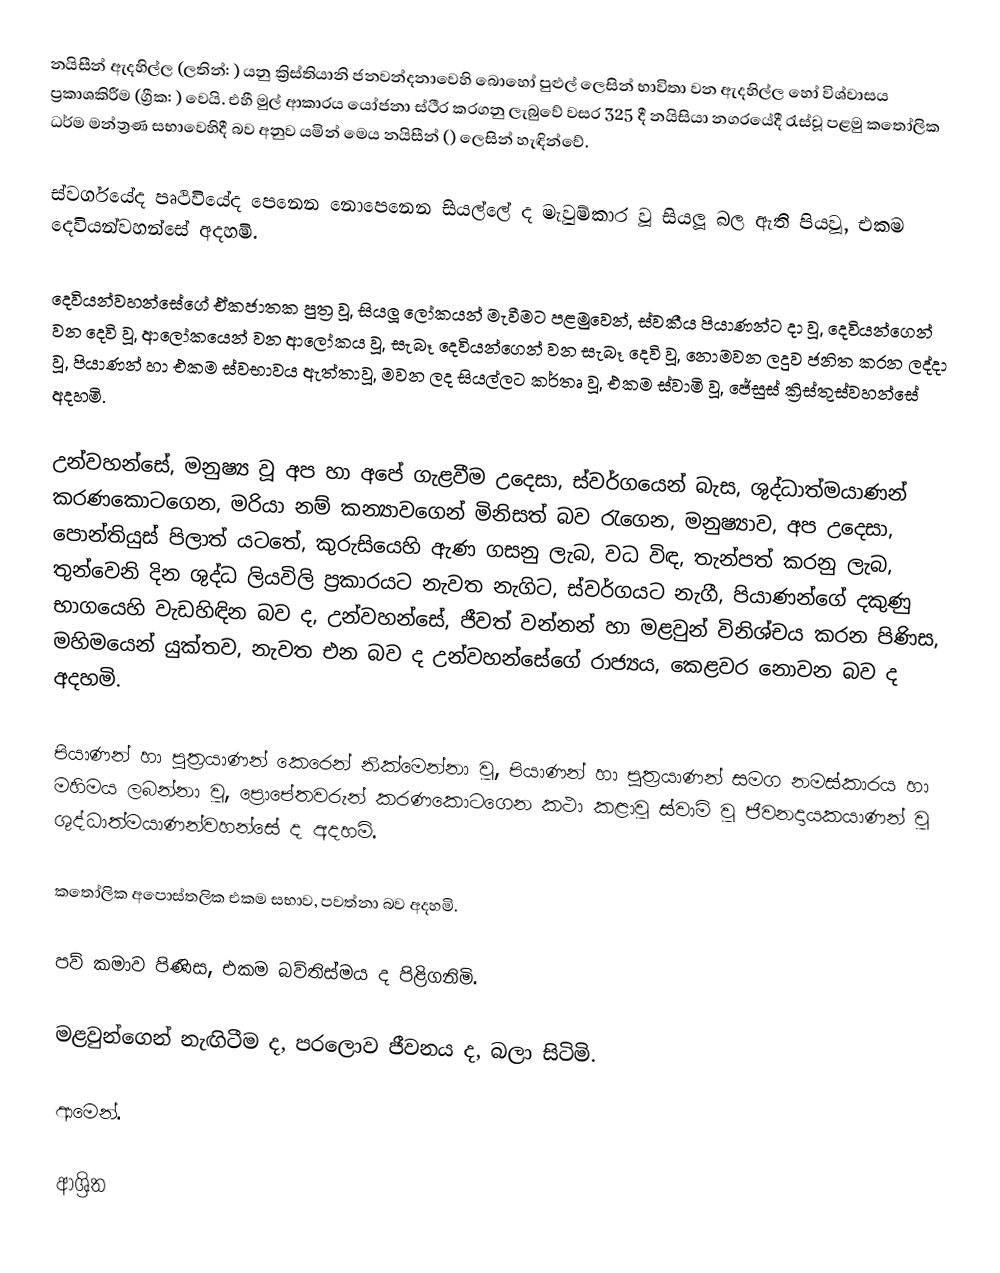
නයිසීන් ඇදහිල්ල (ලතින්: ) යනු ක්‍රිස්තියානි ජනවන්දනාවෙහි බොහෝ පුළුල් ලෙසින් භාවිතා වන ඇදහිල්ල හෝ විශ්වාසය ප්‍රකාශකිරීම  (ග්‍රීක: ) වෙයි. එහී මුල් ආකාරය යෝජනා ස්ථීර කරගනු ලැබුවේ වසර 325 දී   නයිසියා නගරයේදී රැස්වූ පළමු  කතෝලික ධර්ම මන්ත්‍රණ සභාවෙහිදී  බව අනුව යමින්  මෙය නයිසීන් ()  ලෙසින් හැඳින්වේ.

ස්වර්ගයේද පෘථිවියේද පෙනෙන නොපෙනෙන සියල්ලේ ද මැවුම්කාර වූ සියලූ බල ඇති පියවූ, එකම දෙවියන්වහන්සේ අදහමි.

දෙවියන්වහන්සේගේ ඒකජාතක පුත්‍ර වූ, සියලූ ලෝකයන් මැවීමට පළමුවෙන්, ස්වකීය පියාණන්ට දා වූ, දෙවියන්ගෙන් වන දෙවි වූ, ආලෝකයෙන් වන ආලෝකය වූ, සැබෑ දෙවියන්ගෙන් වන සැබෑ දෙවි වූ, නොමවන ලදුව ජනිත කරන ලද්දා වූ, පියාණන් හා එකම ස්වභාවය ඇත්තාවූ, මවන ලද සියල්ලට කර්තෘ වූ, එකම ස්වාමි වූ, ජේසුස් ක්‍රිස්තුස්වහන්සේ අදහමි.

උන්වහන්සේ, මනුෂ්‍ය වූ අප හා අපේ ගැළවීම උදෙසා, ස්වර්ගයෙන් බැස, ශුද්ධාත්මයාණන් කරණකොටගෙන, මරියා නම් කන්‍යාවගෙන් මිනිසත් බව රැගෙන, මනුෂ්‍යාව, අප උදෙසා, පොන්තියුස් පිලාත් යටතේ, කුරුසියෙහි ඇණ ගසනු ලැබ, වධ විඳ, තැන්පත් කරනු ලැබ, තුන්වෙනි දින ශුද්ධ ලියවිලි ප්‍රකාරයට නැවත නැගිට, ස්වර්ගයට නැගී, පියාණන්ගේ දකුණු භාගයෙහි වැඩහිඳින බව ද, උන්වහන්සේ, ජීවත් වන්නන් හා මළවුන් විනිශ්චය කරන පිණිස, මහිමයෙන් යුක්තව, නැවත එන බව ද උන්වහන්සේගේ රාජ්‍යය, කෙළවර නොවන බව ද අදහමි.

පියාණන් හා පුත්‍රයාණන් කෙරෙන් නික්මෙන්නා වූ, පියාණන් හා පුත්‍රයාණන් සමග නමස්කාරය හා මහිමය ලබන්නා වූ, ප්‍රොපේතවරුන් කරණකොටගෙන කථා කළාවූ ස්වාමි වූ ජීවනදායකයාණන් වූ ශුද්ධාත්මයාණන්වහන්සේ ද අදහමි.

කතෝලික අපොස්තලික එකම සභාව, පවත්නා බව අදහමි.

පව් කමාව පිණිස, එකම බව්තිස්මය ද පිළිගනිමි.

මළවුන්ගෙන් නැඟිටීම ද, පරලොව ජීවනය ද, බලා සිටිමි.

ආමෙන්.

ආශ්‍රිත